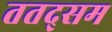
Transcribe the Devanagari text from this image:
ततद्सम